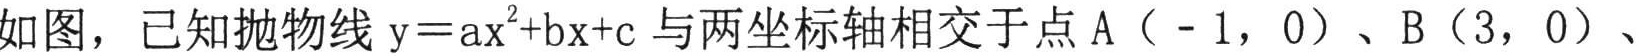
如图，已知抛物线 \(y = ax^{2}+bx + c\) 与两坐标轴相交于点 A（ - 1，0）、B（3，0）、